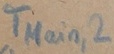
Text: TMain,2